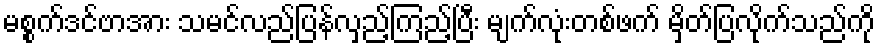
မစ္စက်ဒင်ဗာအား သမင်လည်ပြန်လှည့်ကြည့်ပြီး မျက်လုံးတစ်ဖက် မှိတ်ပြလိုက်သည်ကို